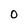
Character: 0